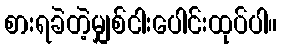
စားရခဲတဲ့မျှစ်ငါးပေါင်းထုပ်ပါ။